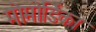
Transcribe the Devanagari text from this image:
मोमोर्डिका